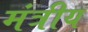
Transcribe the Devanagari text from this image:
मंत्रीय